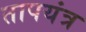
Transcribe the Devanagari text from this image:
तापयंत्र